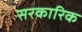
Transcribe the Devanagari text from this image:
सरकारिक